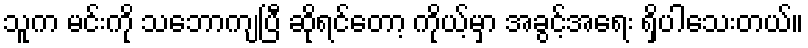
သူက မင်းကို သဘောကျပြီ ဆိုရင်တော့ ကိုယ့်မှာ အခွင့်အရေး ရှိပါသေးတယ်။